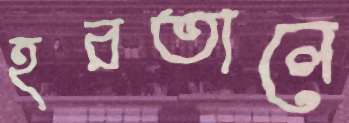
হরতালে